Indian journal of veterinary science and animal husbandry - Volume 11,
Year: 1941
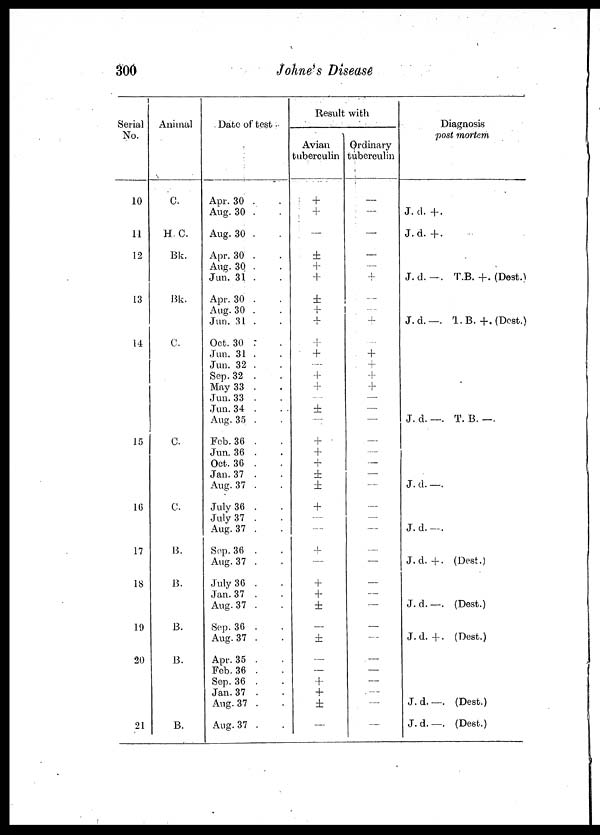
300
Johne s Disease
Serial
No.
10
11
12
13
14
15
16
17
18
19
20
21
Animal
C.
H. C.
Bk.
Bk.
C.
C.
C.
B.
B.
B.
B.
B.
Date of test
Apr. 30 . .
Aug. 30 . .
Aug. 30 . .
Apr. 30 . .
Aug. 30 . .
Jun. 31 . .
Apr. 30 . .
Aug. 30 . .
Jun. 31 . .
Oct. 30 . .
Jun. 31 . .
Jun. 32 . .
Sep.32 . .
May 33 . .
Jun. 33 . .
Jun. 34 . .
Aug. 35 . .
Feb.36 . .
Jun. 36 . .
Oct. 36 . .
Jan. 37. .
Aug. 37 . .
July 36 . .
July 37 . .
Aug. 37 . .
Sop.36 . .
Aug. 37 . .
July 36 . .
Jan.37 . .
Aug. 37 . .
Sep. 36 . .
Aug. 37 . .
Apr. 35 . .
Feb.36 . .
Sep. 36 . .
Jan.37 . .
Aug. 37 . .
Aug. 37 . .
Result with
Avian
tuberculin
+
+
—
±
+
+
±
+
+
+
+
—
+
+
—
±
—
—
+
+
±
±
+
—
+
—
+
+
±
—
±
—
—
+
+
±
—
Ordinary
tuberculin
—
—
—
—
—
—
—
+
+
+ +
+
+
+
—
—
—
—
—
—
—
—
—
—
—
—
—
—
—
—
—
—
—
—
—
—
—
Diagnosis
post mortem
J. d. +.
J.d. +.
J.d.—. T.B.+. (Dest.)
J.d.—.
T.B.+.(Dest.)
J. d. —. T. B. —.
J. d. —.
J.d.—.
J.d.+. (Dest.)
J. d. —. (Dest.)
J. d.+. (Dest.)
J.d.—. (Dest.)
J. d. —. (Dest.)